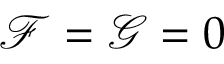
\mathcal { F } = \mathcal { G } = 0